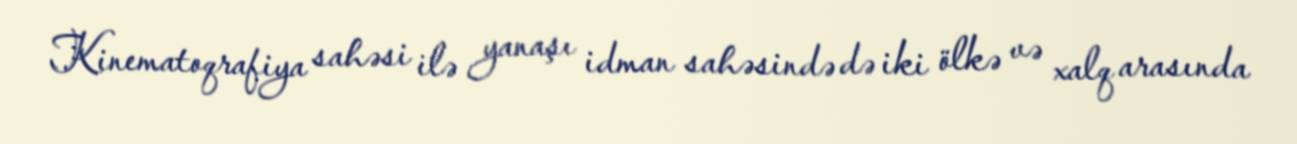
Kinematoqrafiya sahəsi ilə yanaşı idman sahəsində də iki ölkə və xalq arasında